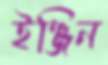
ইঞ্জিন